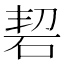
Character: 䂮